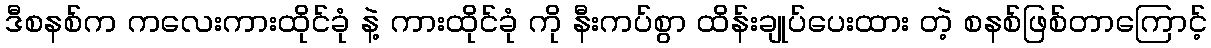
ဒီစနစ်က ကလေးကားထိုင်ခုံ နဲ့ ကားထိုင်ခုံ ကို နီးကပ်စွာ ထိန်းချုပ်ပေးထား တဲ့ စနစ်ဖြစ်တာကြောင့်